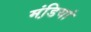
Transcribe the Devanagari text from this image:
मंडि़यां